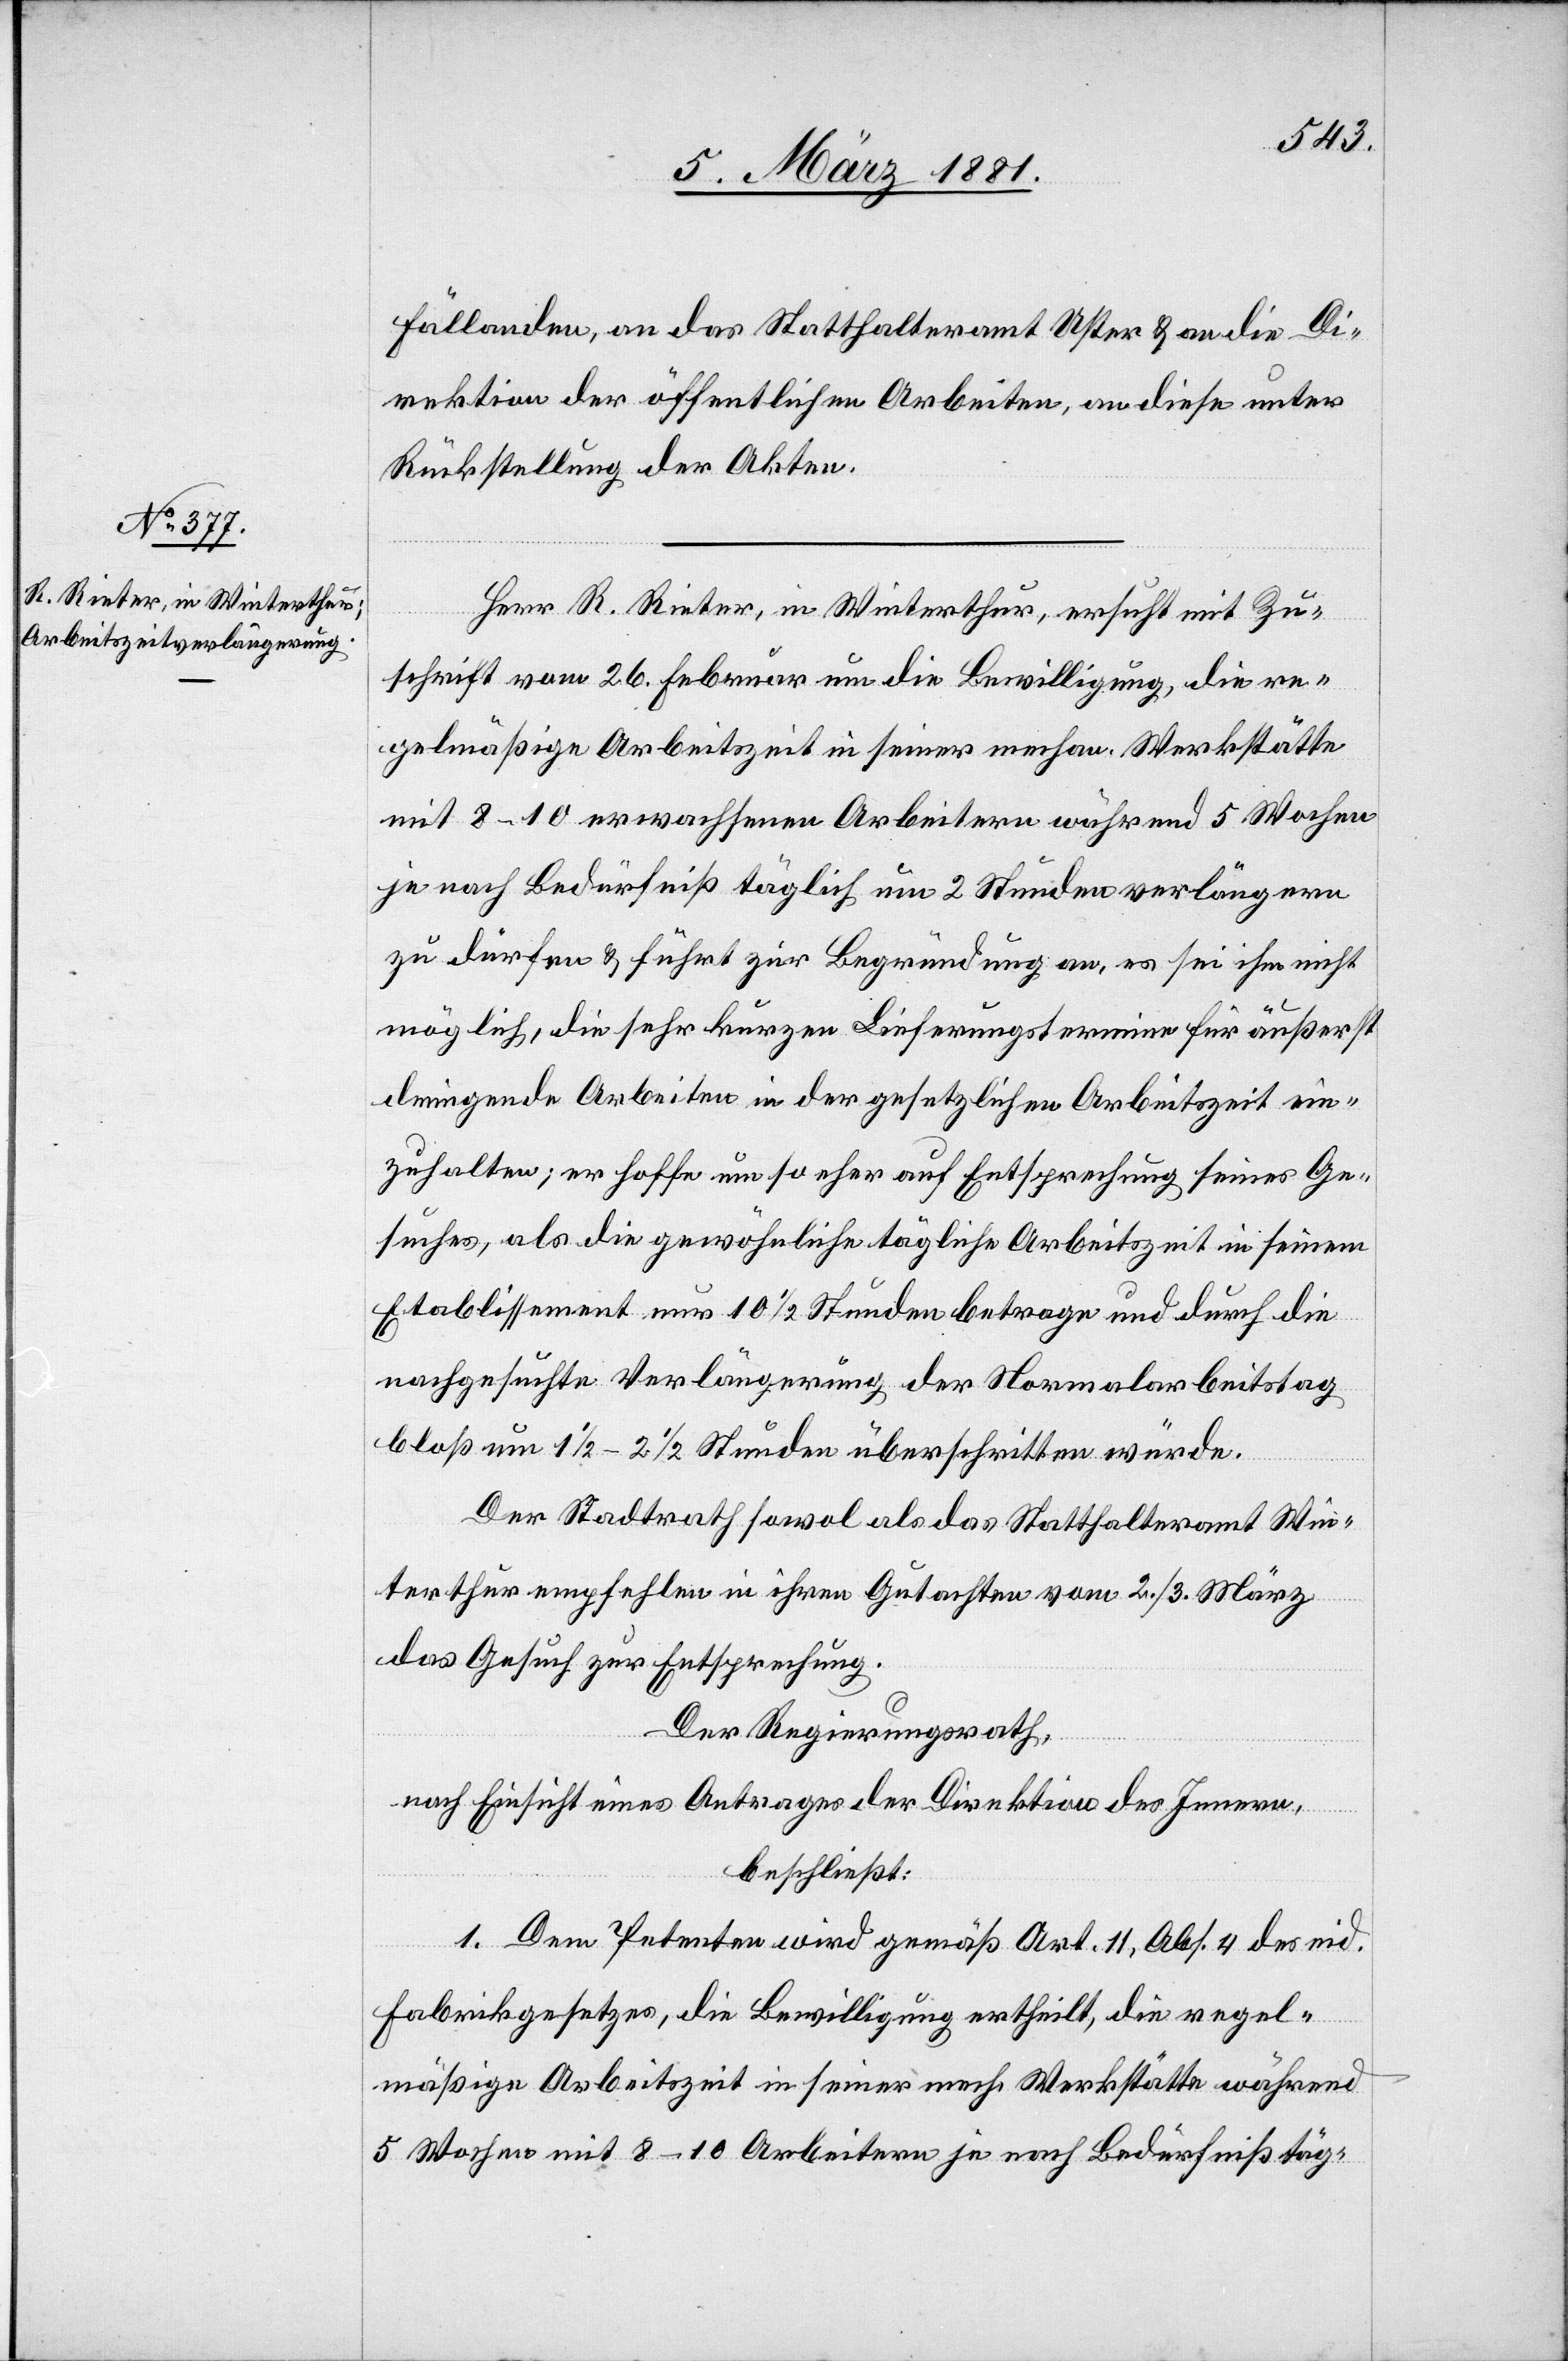
Fällanden, an das Statthalteramt Uster & an die Di¬
rektion der öffentlichen Arbeiten, an diese unter
Rückstellung der Akten.
Herr R. Rieter, in Winterthur, ersucht mit Zu¬
schrift vom 26. Februar um die Bewilligung, die re¬
gelmäßige Arbeitszeit in seiner mechan. Werkstätte
mit 8–10 erwachsenen Arbeitern während 5 Wochen
je nach Bedürfniß täglich um 2 Stunden verlängern
zu dürfen & führt zur Begründung an, es sei ihm nicht
möglich, die sehr kurzen Lieferungstermine für äußerst
dringende Arbeiten in der gesetzlichen Arbeitszeit ein¬
zuhalten; er hoffe um so eher auf Entsprechung seines Ge¬
suches, als die gewöhnliche tägliche Arbeitszeit in seinem
Etablissement nur 10 1/2 Stunden betrage und durch die
nachgesuchte Verlängerung der Normalarbeitstag
bloß um 1 1/2–2 1/2 Stunden überschritten würde.
Der Stadtrath sowol als das Statthalteramt Win¬
terthur empfehlen in ihrem Gutachten vom 2./3. März
das Gesuch zur Entsprechung.
Der Regierungsrath,
nach Einsicht eines Antrages der Direktion des Innern,
beschließt:
1. Dem Petenten wird gemäß Art. 11, Abs. 4 des eid.
Fabrikgesetzes, die Bewilligung ertheilt, die regel¬
mäßige Arbeitszeit in seiner mech. Werkstätte während
5 Wochen mit 8–10 Arbeitern je nach Bedürfniß täg-